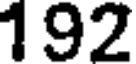
192